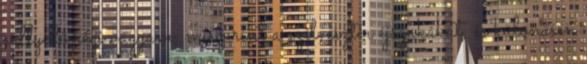
süllyedõ régi vágyam, miszerint a szilveszter éjszakákat, és különösen